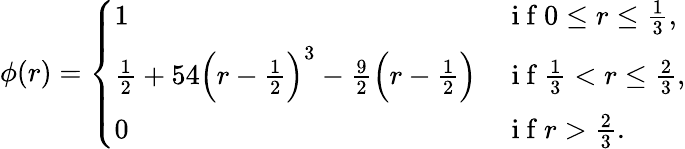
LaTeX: \phi(r)=\left\{ \begin{array}{ll}{1}&{\mathrm{~i~f~}0\leq r\leq\frac{1}{3},}\\ {\frac{1}{2}+54\Big(r-\frac{1}{2}\Big)^{3}-\frac{9}{2}\Big(r-\frac{1}{2}\Big)}&{\mathrm{~i~f~}\frac{1}{3}<r\leq\frac{2}{3},}\\ {0}&{\mathrm{~i~f~}r>\frac{2}{3}.}\end{array}\right.